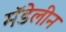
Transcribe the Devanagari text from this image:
मॅडेलीन